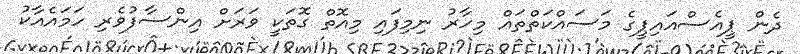
ދެން ޕީއެސްއައިޕީގެ މަސައްކަތްތައް މިހާރު ނިމިފައި މިއޮތް ގޮތަކީ ވަރަށް އިންސާފުވެރި ހަމައެއާކު